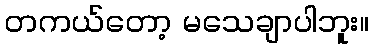
တကယ်တော့ မသေချာပါဘူး။